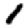
Digit: 1